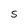
Character: S